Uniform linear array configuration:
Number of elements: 64
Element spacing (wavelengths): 0.5
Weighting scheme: binomial
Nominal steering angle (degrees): -45
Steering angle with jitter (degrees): -46.149
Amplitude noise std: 0.05
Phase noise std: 0.05

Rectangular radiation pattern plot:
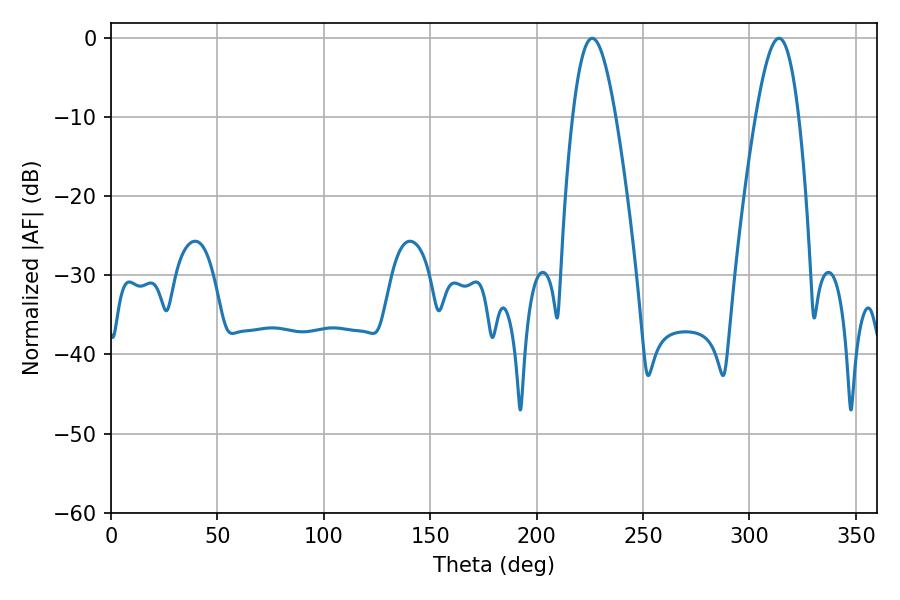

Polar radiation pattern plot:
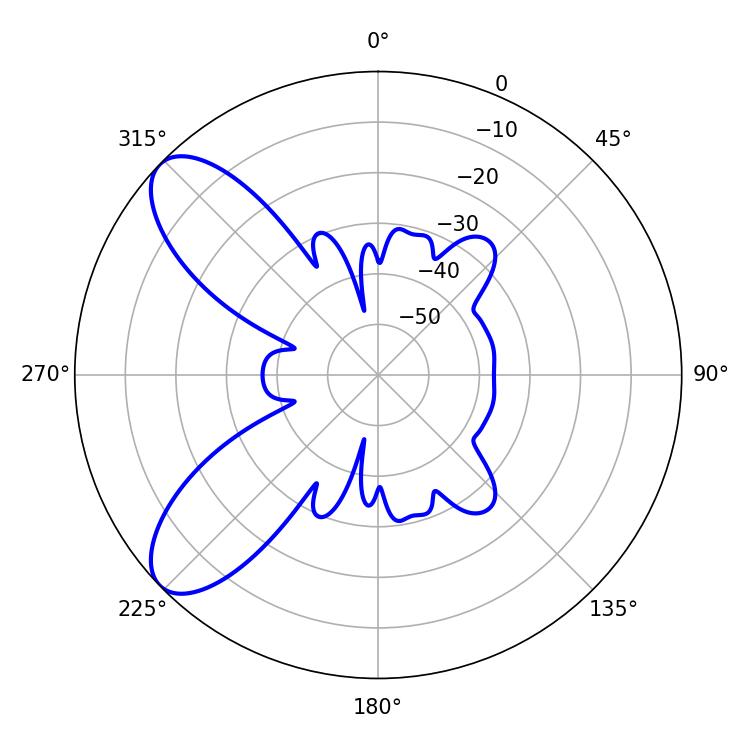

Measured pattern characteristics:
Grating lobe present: FALSE
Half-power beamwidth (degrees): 10.98
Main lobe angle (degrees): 226.08